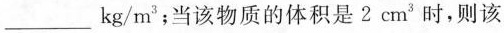
___kg/m^{3}；当该物质的体积是2cm^{3}时，则该